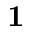
\mathbf { 1 }